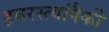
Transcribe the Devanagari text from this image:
हमरस्त्यांपैकी